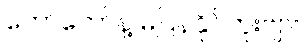
တော်တော်နဲ့ မပြန်နိုင်ဘူးဗျာ။